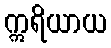
ဣရိယာယ